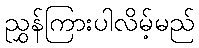
ညွှန်ကြားပါလိမ့်မည်